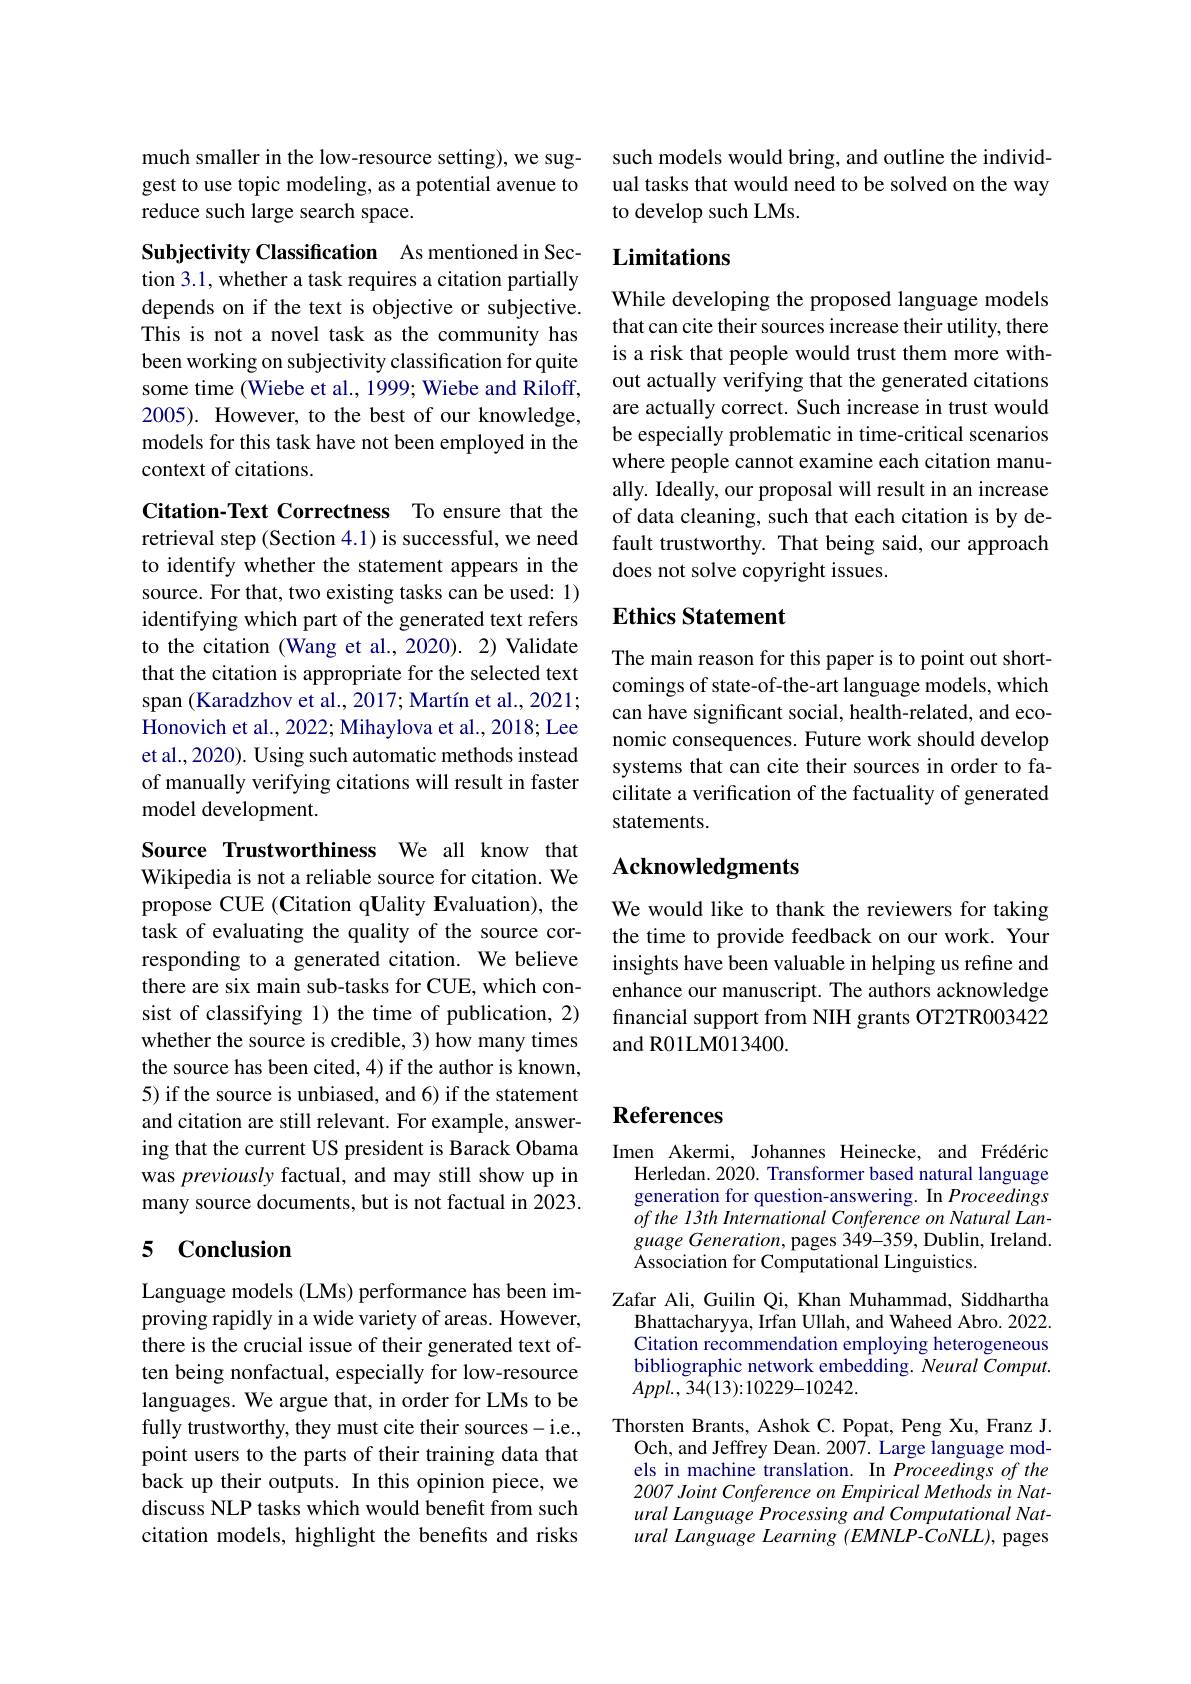
much smaller in the low-resource setting), we suggest to use topic modeling, as a potential avenue to reduce such large search space.

Subjectivity Classification As mentioned in Section 3.1, whether a task requires a citation partially depends on if the text is objective or subjective. This is not a novel task as the community has been working on subjectivity classification for quite some time (Wiebe et al., 1999; Wiebe and Riloff, 2005). However, to the best of our knowledge, models for this task have not been employed in the context of citations.

Citation-Text Correctness To ensure that the

retrieval step (Section 4.1) is successful, we need to identify whether the statement appears in the source. For that, two existing tasks can be used: 1) identifying which part of the generated text refers to the citation (Wang et al., 2020). 2) Validate that the citation is appropriate for the selected text span (Karadzhov et al., 2017; Martín et al., 2021; Honovich et al., 2022; Mihaylova et al., 2018; Lee et al., 2020). Using such automatic methods instead of manually verifying citations will result in faster model development.

Source Trustworthiness We all know that Wikipedia is not a reliable source for citation. We propose CUE (Citation qUality Evaluation), the task of evaluating the quality of the source corresponding to a generated citation. We believe there are six main sub-tasks for CUE, which consist of classifying 1) the time of publication, 2) whether the source is credible, 3) how many times the source has been cited, 4) if the author is known, 5) if the source is unbiased, and 6) if the statement and citation are still relevant. For example, answering that the current US president is Barack Obama was previously factual, and may still show up in many source documents, but is not factual in 2023.

## 5 Conclusion

Language models (LMs) performance has been improving rapidly in a wide variety of areas. However, there is the crucial issue of their generated text often being nonfactual, especially for low-resource languages. We argue that, in order for LMs to be fully trustworthy, they must cite their sources-i.e., point users to the parts of their training data that back up their outputs. In this opinion piece, we discuss NLP tasks which would benefit from such citation models, highlight the benefits and risks

such models would bring, and outline the individual tasks that would need to be solved on the way to develop such LMs.

# Limitations

While developing the proposed language models that can cite their sources increase their utility, there is a risk that people would trust them more without actually verifying that the generated citations are actually correct. Such increase in trust would be especially problematic in time-critical scenarios where people cannot examine each citation manually. Ideally, our proposal will result in an increase of data cleaning, such that each citation is by default trustworthy. That being said, our approach does not solve copyright issues.

### Ethics Statement

The main reason for this paper is to point out shortcomings of state-of-the-art language models, which can have significant social, health-related, and economic consequences. Future work should develop systems that can cite their sources in order to facilitate a verification of the factuality of generated statements.

## Acknowledgments

We would like to thank the reviewers for taking the time to provide feedback on our work. Your insights have been valuable in helping us refine and enhance our manuscript. The authors acknowledge financial support from NIH grants OT2TR003422 and R01LM013400.

# References

Imen Akermi, Johannes Heinecke, and Frédéric Herledan. 2020. Transformer based natural language generation for question-answering. In Proceedings $ofthe~13th~International~Conference~on~Natural~Lan-$ $guage\textit{Generation, pages 349- 359, Dublin, Ireland}.$ Association for Computational Linguistics.
Zafar Ali, Guilin Qi, Khan Muhammad, Siddhartha
Bhattacharyya, Irfan Ullah, and Waheed Abro. 2022. Citation recommendation employing heterogeneous bibliographic network embedding. Neural Comput. $Appl. $, 34(13):10229-10242.
Thorsten Brants, Ashok C. Popat, Peng Xu, Franz J.
Och, and Jeffrey Dean. 2007. Large language models in machine translation. In Proceedings of the 2007 Joint Conference on Empirical Methods in Natural Language Processing and Computational Natural Language Learning (EMNLP-CoNLL), pages